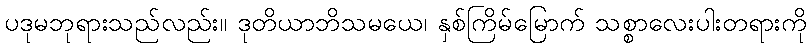
ပဒုမဘုရားသည်လည်း။ ဒုတိယာဘိသမယေ၊ နှစ်ကြိမ်မြောက် သစ္စာလေးပါးတရားကို